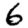
Digit: 6